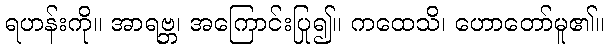
ရဟန်းကို။ အာရဗ္ဘ၊ အကြောင်းပြု၍။ ကထေသိ၊ ဟောတော်မူ၏။